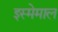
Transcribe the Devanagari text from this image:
इस्मेमाल